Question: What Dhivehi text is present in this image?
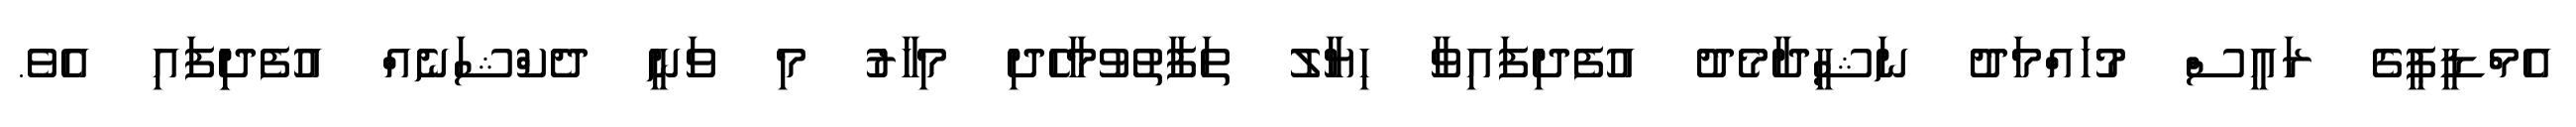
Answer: އެމްޑީޕީގެ ރައީސް މުހައްމަދު ނަޝީދާމެދު އުފެދިފައިވާ ހިޔާލު ތަފާތުވުމާހެދި މިހާރު މި ވަނީ ދެކްޝަނެއް އުފެދިިފައި އެވެ.